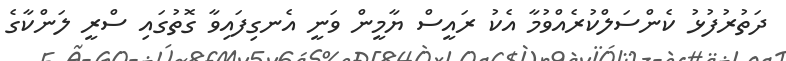
ދަތުރުފުޅު ކެންސަލްކުރެއްވުމާ އެކު ރައީސް ޔާމީން ވަނީ އެނގިފައިވާ ގޮތުގައި ސްރީ ލަންކާގެ